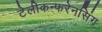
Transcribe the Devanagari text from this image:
टेलीकन्फरेनसिंग